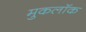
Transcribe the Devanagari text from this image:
मुकलॉक